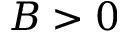
B > 0